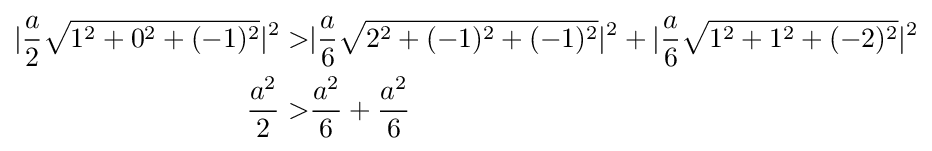
{\begin{aligned}|{\frac {a}{2}}{\sqrt {1^{2}+0^{2}+(-1)^{2}}}|^{2}>&|{\frac {a}{6}}{\sqrt {2^{2}+(-1)^{2}+(-1)^{2}}}|^{2}+|{\frac {a}{6}}{\sqrt {1^{2}+1^{2}+(-2)^{2}}}|^{2}\\{\frac {a^{2}}{2}}>&{\frac {a^{2}}{6}}+{\frac {a^{2}}{6}}\end{aligned}}